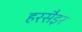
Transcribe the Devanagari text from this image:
हरसैइर